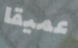
عميقا